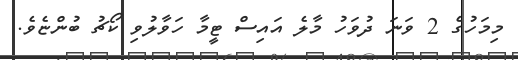
މިމަހުގެ 2 ވަނަ ދުވަހު މާލެ އައިސް ޓީމާ ހަވާލުވި ކޯޗު ބުންޏެވެ.